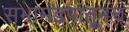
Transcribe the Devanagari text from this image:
सभामंडपातूनच